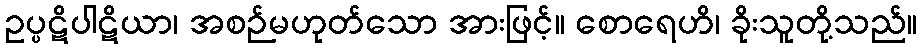
ဥပ္ပဋိပါဋိယာ၊ အစဉ်မဟုတ်သော အားဖြင့်။ စောရေဟိ၊ ခိုးသူတို့သည်။